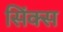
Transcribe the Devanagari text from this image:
सिंक्स